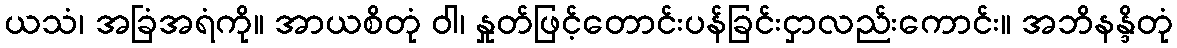
ယသံ၊ အခြံအရံကို။ အာယစိတုံ ဝါ၊ နှုတ်ဖြင့်တောင်းပန်ခြင်းငှာလည်းကောင်း။ အဘိနန္ဒိတုံ